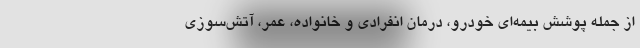
از جمله پوشش بیمه‌ای خودرو، درمان انفرادی و خانواده، عمر، آتش‌سوزی